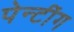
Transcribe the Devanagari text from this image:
पेन्टींग